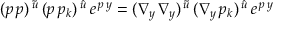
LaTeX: ( p \, p ) ^ { \, \tilde { u } } \, ( p \, p _ { k } ) ^ { \, \hat { u } } \, e ^ { \, p \, y } = ( \nabla _ { y } \, \nabla _ { y } ) ^ { \, \tilde { u } } \, ( \nabla _ { y } \, p _ { k } ) ^ { \, \hat { u } } \, e ^ { \, p \, y }